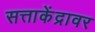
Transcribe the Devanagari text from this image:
सत्ताकेंद्रावर